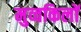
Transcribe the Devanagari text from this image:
मुव्वकिलों